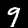
Digit: 9